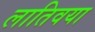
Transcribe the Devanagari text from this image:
लातिवया